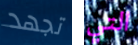
تجهد التي